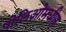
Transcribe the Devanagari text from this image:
पोलिओमधील